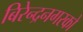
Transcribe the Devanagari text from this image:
बिरेन्द्रनगरको